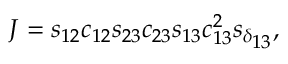
J = s _ { 1 2 } c _ { 1 2 } s _ { 2 3 } c _ { 2 3 } s _ { 1 3 } c _ { 1 3 } ^ { 2 } s _ { \delta _ { \scriptstyle 1 3 } } ,